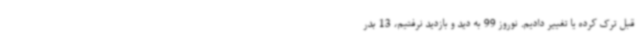
قبل ترک کرده یا تغییر دادیم. نوروز 99 به دید و بازدید نرفتیم، 13 بدر